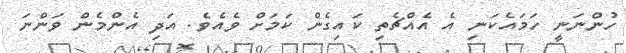
ހުންނަނީ ހަމައެކަނި އެ އެއްޗެތި ކައިގެން ކަމަށް ވެއެވެ. އަދި އެންމެން ވަންނަ